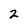
Character: 2